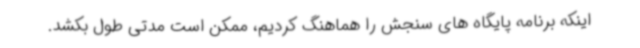
اینکه برنامه پایگاه های سنجش را هماهنگ کردیم، ممکن است مدتی طول بکشد.